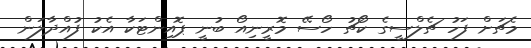
މެޗަށް ފަހު ޗެލްސީގެ ކޯޗު ހޯސޭ މޮރީނިއޯ ބުނީ ޕޮއިންޓަކާ އެކު ފުއްދާލަން